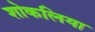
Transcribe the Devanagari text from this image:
शोकलिया